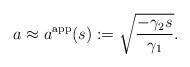
LaTeX: \begin{align*} a\approx a^\mathrm{app}(s) := \sqrt{\frac{-\gamma_2 s}{\gamma_1}}.\end{align*}